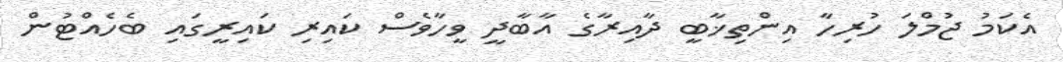
އެކަމު ޖުމްލަ ހުރިހާ އިންތިޚާބީ ދާއިރާގެ އާބާދީ ވީހާވެސް ކައިރި ކައިރީގައި ބެހެއްޓުން